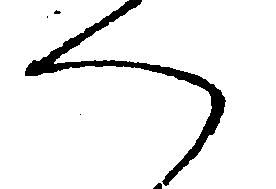
へ